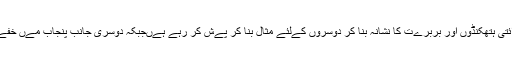
اےک طرف توجگی جےسے سکھ رہنماو¾ں کو جو سکھ مقصد کےلئے نماےاں خدمات انجام دے رہے ہےں روائتی ہتھکنڈوں اور بربرےت کا نشانہ بنا کر دوسروں کےلئے مثال بنا کر پےش کر رہے ہےںجبکہ دوسری جانب پنجاب مےں خفےہ ادارے مقامی ہندو رہنماو¾ں کو پےشہ ور قاتلوں کے ہاتھوں مروا کر الزام سکھ نوجوانوں پر تھوپ رہے ہےں۔